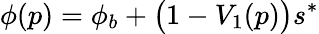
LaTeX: \phi(p)=\phi_{b}+\big(1-V_{1}(p)\big)s^{*}